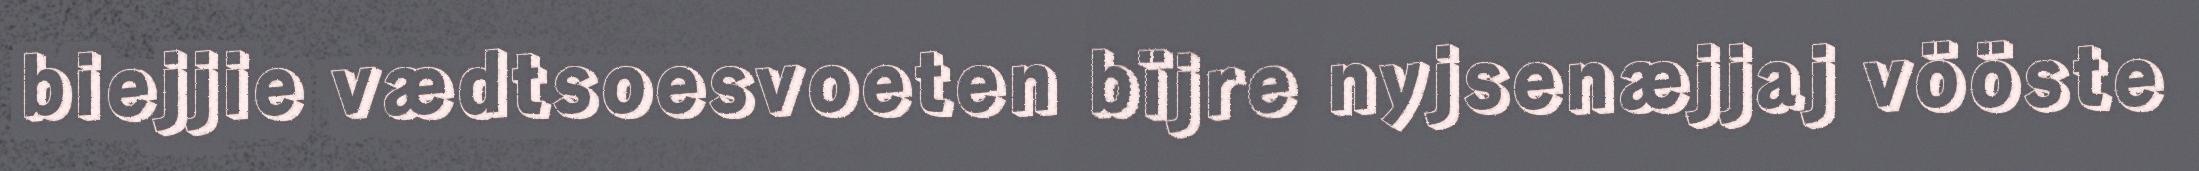
biejjie vædtsoesvoeten bïjre nyjsenæjjaj vööste